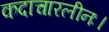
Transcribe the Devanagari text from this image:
कदाचारलीनः।